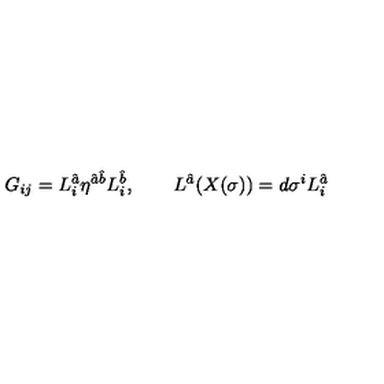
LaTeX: G _ { i j } = L _ { i } ^ { \hat { a } } \eta ^ { { \hat { a } } { \hat { b } } } L _ { i } ^ { \hat { b } } , \qquad L ^ { \hat { a } } ( X ( \sigma ) ) = d \sigma ^ { i } L _ { i } ^ { \hat { a } } \,